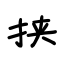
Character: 挟